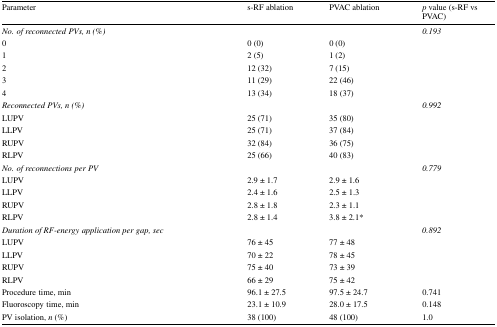
<table><thead><tr><td><b>Parameter</b></td><td><b>s-RF ablation</b></td><td><b>PVAC ablation</b></td><td><b><i>p</i> value (s-RF vs PVAC)</b></td></tr></thead><tbody><tr><td><i>No. of reconnected PVs, n (%)</i></td><td></td><td></td><td><i>0.193</i></td></tr><tr><td>0</td><td>0 (0)</td><td>0 (0)</td><td></td></tr><tr><td>1</td><td>2 (5)</td><td>1 (2)</td><td></td></tr><tr><td>2</td><td>12 (32)</td><td>7 (15)</td><td></td></tr><tr><td>3</td><td>11 (29)</td><td>22 (46)</td><td></td></tr><tr><td>4</td><td>13 (34)</td><td>18 (37)</td><td></td></tr><tr><td><i>Reconnected PVs, n (%)</i></td><td></td><td></td><td><i>0.992</i></td></tr><tr><td>LUPV</td><td>25 (71)</td><td>35 (80)</td><td></td></tr><tr><td>LLPV</td><td>25 (71)</td><td>37 (84)</td><td></td></tr><tr><td>RUPV</td><td>32 (84)</td><td>36 (75)</td><td></td></tr><tr><td>RLPV</td><td>25 (66)</td><td>40 (83)</td><td></td></tr><tr><td><i>No. of reconnections per PV</i></td><td></td><td></td><td><i>0.779</i></td></tr><tr><td>LUPV</td><td>2.9 ± 1.7</td><td>2.9 ± 1.6</td><td></td></tr><tr><td>LLPV</td><td>2.4 ± 1.6</td><td>2.5 ± 1.3</td><td></td></tr><tr><td>RUPV</td><td>2.8 ± 1.8</td><td>2.3 ± 1.1</td><td></td></tr><tr><td>RLPV</td><td>2.8 ± 1.4</td><td>3.8 ± 2.1*</td><td></td></tr><tr><td><i>Duration of RF-energy application per gap, sec</i></td><td></td><td></td><td><i>0.892</i></td></tr><tr><td>LUPV</td><td>76 ± 45</td><td>77 ± 48</td><td></td></tr><tr><td>LLPV</td><td>70 ± 22</td><td>78 ± 45</td><td></td></tr><tr><td>RUPV</td><td>75 ± 40</td><td>73 ± 39</td><td></td></tr><tr><td>RLPV</td><td>66 ± 29</td><td>75 ± 42</td><td></td></tr><tr><td>Procedure time, min</td><td>96.1 ± 27.5</td><td>97.5 ± 24.7</td><td>0.741</td></tr><tr><td>Fluoroscopy time, min</td><td>23.1 ± 10.9</td><td>28.0 ± 17.5</td><td>0.148</td></tr><tr><td>PV isolation, <i>n</i> (%)</td><td>38 (100)</td><td>48 (100)</td><td>1.0</td></tr></tbody></table>